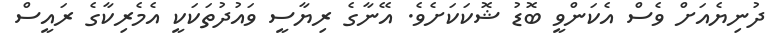
ދުނިޔެއަށް ވެސް އެކަންވީ ބޮޑު ޝޮކަކަށެވެ. އޭނާގެ ރިޔާސީ ވައުދުތަކަކީ އެމެރިކާގެ ރައީސް